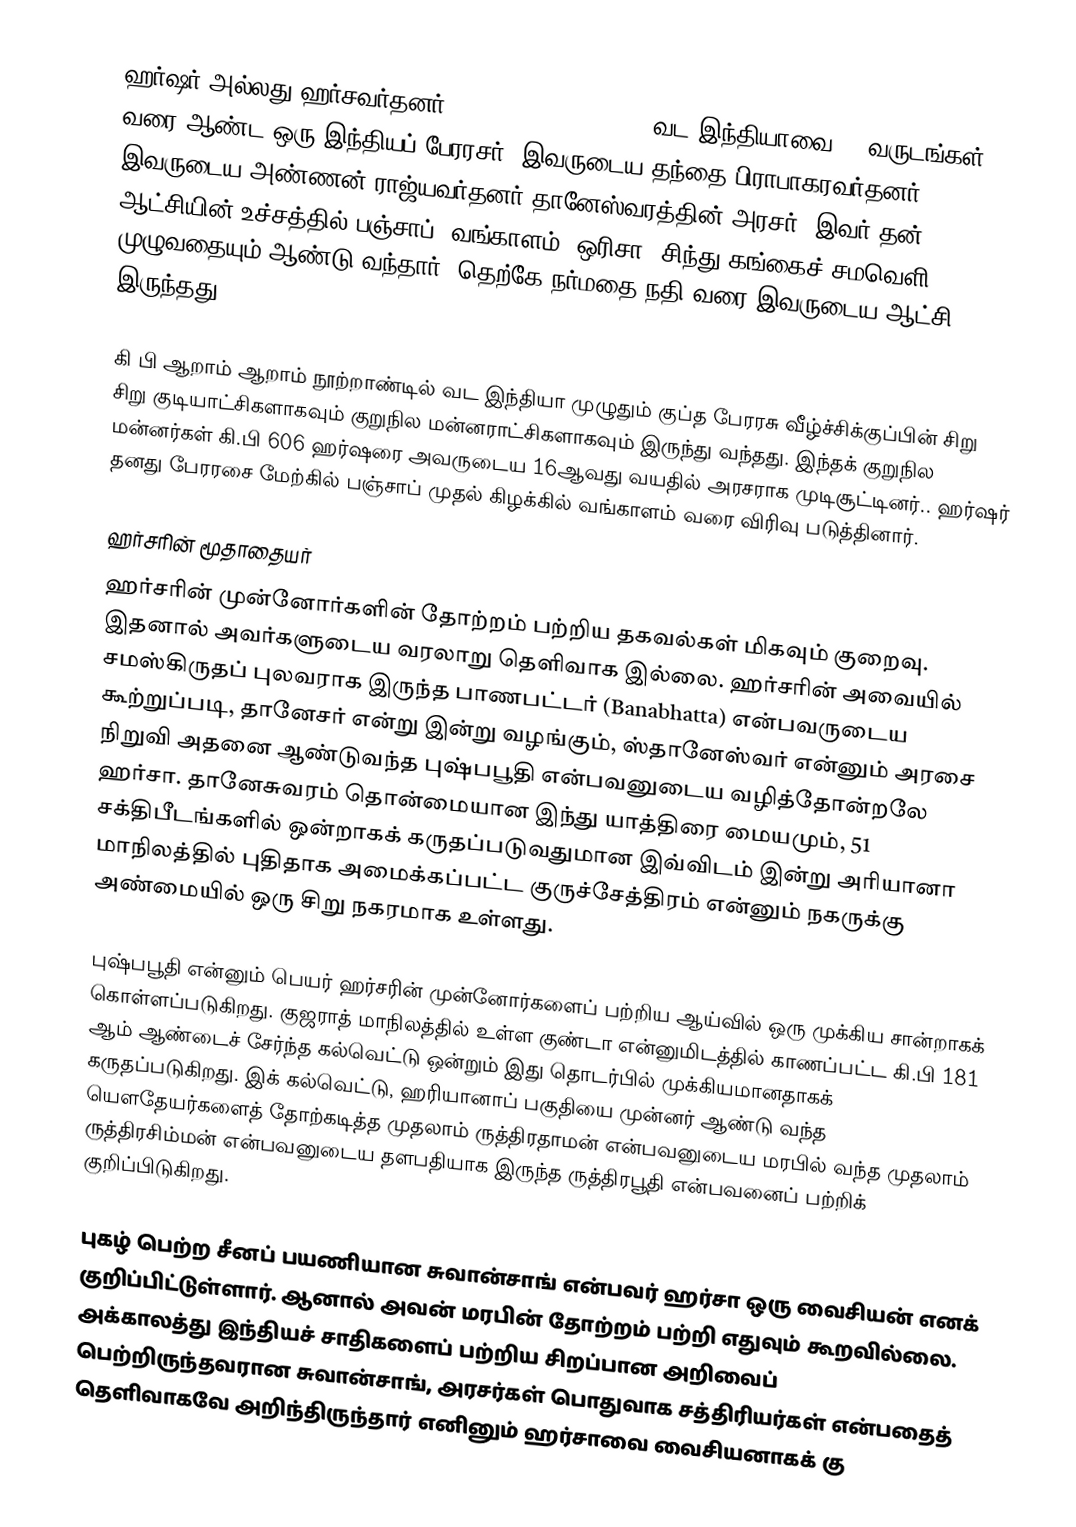
ஹர்ஷர் அல்லது ஹர்சவர்தனர் (हर्षवर्धन) (590–647) வட இந்தியாவை 40 வருடங்கள் வரை ஆண்ட ஒரு இந்தியப் பேரரசர். இவருடைய தந்தை பிராபாகரவர்தனர். இவருடைய அண்ணன் ராஜ்யவர்தனர் தானேஸ்வரத்தின் அரசர். இவர் தன் ஆட்சியின் உச்சத்தில் பஞ்சாப், வங்காளம், ஒரிசா, சிந்து கங்கைச் சமவெளி முழுவதையும் ஆண்டு வந்தார். தெற்கே நர்மதை நதி வரை இவருடைய ஆட்சி இருந்தது.

கி பி ஆறாம் ஆறாம்  நூற்றாண்டில் வட இந்தியா முழுதும் குப்த பேரரசு வீழ்ச்சிக்குப்பின் சிறு சிறு குடியாட்சிகளாகவும் குறுநில மன்னராட்சிகளாகவும் இருந்து வந்தது.  இந்தக் குறுநில மன்னர்கள் கி.பி 606 ஹர்ஷரை அவருடைய 16ஆவது வயதில் அரசராக முடிசூட்டினர்.. ஹர்ஷர் தனது பேரரசை மேற்கில் பஞ்சாப் முதல் கிழக்கில் வங்காளம் வரை விரிவு படுத்தினார்.

ஹர்சரின் மூதாதையர்
ஹர்சரின் முன்னோர்களின் தோற்றம் பற்றிய தகவல்கள் மிகவும் குறைவு. இதனால் அவர்களுடைய வரலாறு தெளிவாக இல்லை. ஹர்சரின் அவையில் சமஸ்கிருதப் புலவராக இருந்த பாணபட்டர் (Banabhatta) என்பவருடைய கூற்றுப்படி, தானேசர் என்று இன்று வழங்கும், ஸ்தானேஸ்வர் என்னும் அரசை நிறுவி அதனை ஆண்டுவந்த புஷ்பபூதி என்பவனுடைய வழித்தோன்றலே ஹர்சா. தானேசுவரம் தொன்மையான இந்து யாத்திரை மையமும், 51 சக்திபீடங்களில் ஒன்றாகக் கருதப்படுவதுமான இவ்விடம் இன்று அரியானா மாநிலத்தில் புதிதாக அமைக்கப்பட்ட குருச்சேத்திரம் என்னும் நகருக்கு அண்மையில் ஒரு சிறு நகரமாக உள்ளது.

புஷ்பபூதி என்னும் பெயர் ஹர்சரின் முன்னோர்களைப் பற்றிய ஆய்வில் ஒரு முக்கிய சான்றாகக் கொள்ளப்படுகிறது. குஜராத் மாநிலத்தில் உள்ள குண்டா என்னுமிடத்தில் காணப்பட்ட கி.பி 181 ஆம் ஆண்டைச் சேர்ந்த கல்வெட்டு ஒன்றும் இது தொடர்பில் முக்கியமானதாகக் கருதப்படுகிறது. இக் கல்வெட்டு, ஹரியானாப் பகுதியை முன்னர் ஆண்டு வந்த  யௌதேயர்களைத் தோற்கடித்த முதலாம் ருத்திரதாமன் என்பவனுடைய மரபில் வந்த முதலாம் ருத்திரசிம்மன் என்பவனுடைய தளபதியாக இருந்த ருத்திரபூதி என்பவனைப் பற்றிக் குறிப்பிடுகிறது.

புகழ் பெற்ற சீனப் பயணியான சுவான்சாங் என்பவர் ஹர்சா ஒரு வைசியன் எனக் குறிப்பிட்டுள்ளார். ஆனால் அவன் மரபின் தோற்றம் பற்றி எதுவும் கூறவில்லை. அக்காலத்து இந்தியச் சாதிகளைப் பற்றிய சிறப்பான அறிவைப் பெற்றிருந்தவரான சுவான்சாங், அரசர்கள் பொதுவாக சத்திரியர்கள் என்பதைத் தெளிவாகவே அறிந்திருந்தார் எனினும் ஹர்சாவை வைசியனாகக் கு